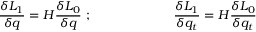
{ \frac { \delta L _ { 1 } } { \delta q } } = { \cal H } { \frac { \delta L _ { 0 } } { \delta q } } ~ ; ~ ~ ~ ~ ~ ~ ~ ~ ~ ~ ~ ~ ~ ~ ~ ~ ~ ~ ~ { \frac { \delta L _ { 1 } } { \delta q _ { t } } } = { \cal H } { \frac { \delta L _ { 0 } } { \delta q _ { t } } } \nonumber